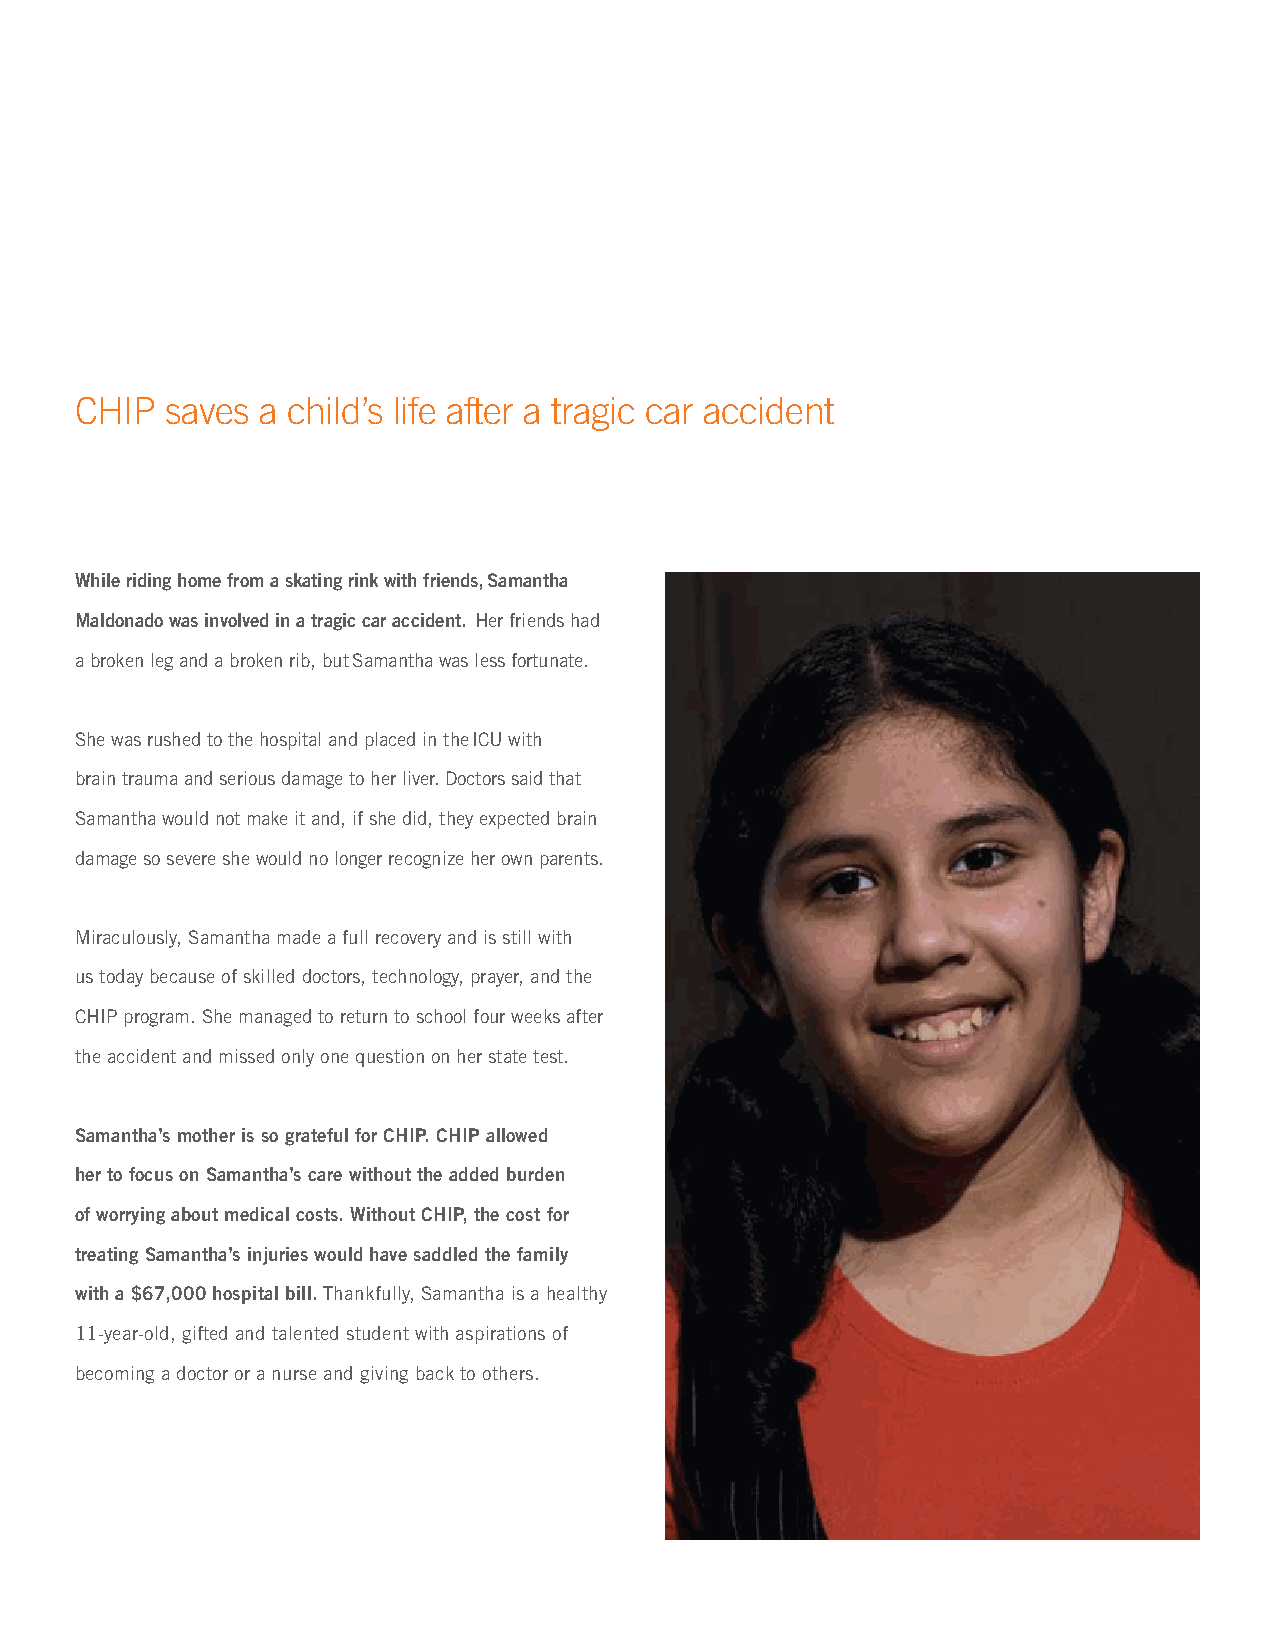
CHIP  saves a child’s life after a tragic car accident
 While riding home from a skating rink with friends, Samantha
 Maldonado was involved in a tragic car accident. Her friends had
 a broken leg and a broken rib, but Samantha was less fortunate.
 She was rushed to the hospital and placed in the ICU with
 brain trauma and serious damage to her liver. Doctors said that
 Samantha would not make it and, if she did, they expected brain
 damage so severe she would no longer recognize her own parents.
 Miraculously, Samantha made a full recovery and is still with
 us today because of skilled doctors, technology, prayer, and the
 CHIP program. She managed to return to school four weeks after
 the accident and missed only one question on her state test.
 Samantha’s mother is so grateful for CHIP. CHIP allowed
 her to focus on Samantha’s care without the added burden
 of worrying about medical costs. Without CHIP, the cost for
 treating Samantha’s injuries would have saddled the family
 with a $67,000 hospital bill. Thankfully, Samantha is a healthy
 11-year-old, gifted and talented student with aspirations of
 becoming a doctor or a nurse and giving back to others.